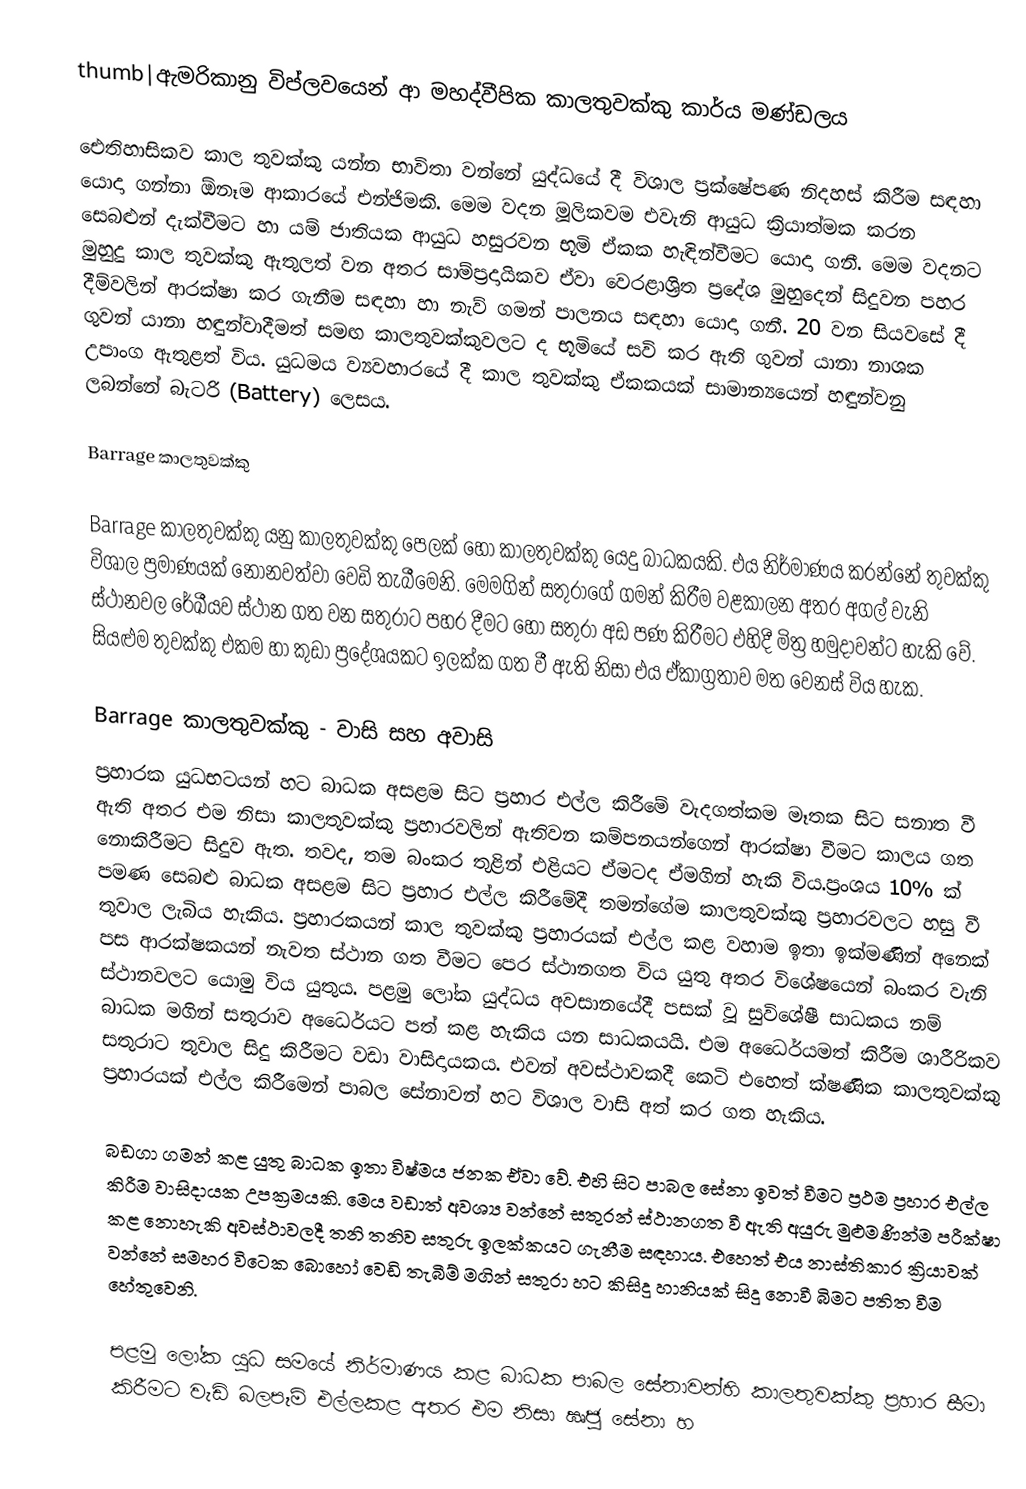
thumb|ඇමරිකානු විප්ලවයෙන් ආ මහද්වීපික කාලතුවක්කු කාර්ය මණ්ඩලය

‍ඓතිහාසිකව කාල තුවක්කු යන්න භාවිතා වන්නේ යුද්ධයේ දී විශාල ප්‍රක්ෂේපණ නිදහස් කිරීම සඳහා යොදා ගන්නා ඕනෑම ආකාරයේ එන්ජිමකි. මෙම වදන මූලිකවම එවැනි ආයුධ ක්‍රියාත්මක කරන සෙබළුන් දැක්වීමට හා යම් ජාතියක ආයුධ හසුරවන භූමි ‍ඒකක හැඳින්වීමට යොදා ගනී. මෙම වදනට මුහුදු කාල තුවක්කු ඇතුලත් වන අතර සාම්ප්‍රදායිකව ඒවා වෙරළාශ්‍රිත ප්‍රදේශ මුහුදෙන් සිදුවන පහර දීම්වලින් ආරක්ෂා කර ගැනීම සඳහා හා නැව් ගමන් පාලනය සඳහා යොදා ගනී. 20 වන සියවසේ දී ගුවන් යානා හඳුන්වාදීමත් සමඟ කාලතුවක්කුවලට ද භූමියේ සවි කර ඇති ගුවන් යානා නාශක උපාංග ඇතුළත් විය. යුධමය ව්‍යවහාරයේ දී කාල තුවක්කු ඒකකයක් සාමාන්‍යයෙන් හඳුන්වනු ලබන්නේ බැටරි (Battery) ලෙසය.

Barrage කාලතුවක්කු

Barrage කාලතුවක්කු යනු කාලතුවක්කු පෙලක් හෝ කාලතුවක්කු යෙදු බාධකයකි. එය නිර්මාණය කරන්නේ තුවක්කු විශාල ප්‍රමාණයක් නොනවත්වා වෙඩි තැබීමෙනි. මෙමගින් සතුරාගේ ගමන් කිරීම වළකාලන අතර අගල් වැනි ස්ථානවල රේඛීයව ස්ථාන ගත වන සතුරාට පහර දීමට හෝ සතුරා අඩ පණ කිරීමට එහිදී මිත්‍ර හමුදාවන්ට හැකි වේ. සියළුම තුවක්කු එකම හා කුඩා ප්‍රදේශයකට ඉලක්ක ගත වී ඇති නිසා එය ඒකාග්‍රතාව මත වෙනස් විය හැක.

Barrage කාලතුවක්කු - වාසි සහ අවාසි
ප්‍රහාරක යුධභටයන් හට බාධක අසළම සිට ප්‍රහාර එල්ල කිරීමේ වැදගත්කම මෑතක සිට සනාත වී ඇති අතර එම නිසා කාලතුවක්කු ප්‍රහාරවලින් ඇතිවන කම්පනයන්ගෙන් ආරක්ෂා වීමට කාලය ගත නොකිරීමට සිදුව ඇත. තවද, තම බංකර තුළින් එළියට ඒමටද ඒමගින් හැකි විය.ප්‍රංශය 10% ක් පමණ සෙබළු බාධක අසළම සිට ප්‍රහාර එල්ල කිරීමේදී තමන්ගේම කාලතුවක්කු ප්‍රහාරවලට හසු වී තුවාල ලැබිය හැකිය‍. ප්‍රහාරකයන් කාල තුවක්කු ප්‍රහාරයක් එල්ල කළ වහාම ඉතා ඉක්මණින් අනෙක් පස ආරක්ෂකයන්  නැවත ස්ථාන ගත වීමට පෙර ස්ථානගත විය යුතු අතර විශේෂයෙන් බංකර වැනි ස්ථානවලට යොමු විය යුතුය. පළමු ලෝක යුද්ධය අවසානයේදී පසක් වූ සුවිශේෂී සාධකය නම් බාධක මගින් සතුරාව අධෛර්යට පත් කළ හැකිය යන සාධකයයි. එම අධෛර්යමත් කිරීම ශාරීරිකව සතුරාට තුවාල සිදු කිරීමට වඩා වාසිදායකය. එවන් අවස්ථාවකදී කෙටි එහෙත් ක්ෂණික කාලතුවක්කු ප්‍රහාරයක් එල්ල කිරීමෙන් පාබල සේනාවන් හට විශාල වාසි අත් කර ගත හැකිය.

බඩගා ගමන් කළ යුතු බාධක ඉතා විෂ්මය ජනක ඒවා වේ. එහි සිට පාබල සේනා ඉවත් වීමට ප්‍රථම ප්‍රහාර එල්ල කිරීම වාසිදායක උපක්‍රමයකි. මෙය  වඩාත් අවශ්‍ය වන්නේ සතුරන් ස්ථානගත වී ඇති අයුරු මුළුමණින්ම පරීක්ෂා කළ නොහැකි අවස්ථාවලදී තනි තනිව සතුරු ඉලක්කයට ගැනීම සඳහාය. එහෙත් එය නාස්තිකාර ක්‍රියාවක් වන්නේ සමහර විටෙක බොහෝ වෙඩි තැබීම් මගින් සතුරා හට කිසිදු හානියක් සිදු නොවී බිමට පතිත වීම හේතුවෙනි.

පළමු ලෝක යුධ සමයේ නිර්මාණය කළ බාධක පාබල සේනාවන්හි කාලතුවක්කු ප්‍රහාර සීමා කිරීමට වැඩි බලපෑම් එල්ලකළ අතර එම නිසා ඍජු සේනා හ